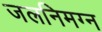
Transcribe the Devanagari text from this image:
जलनिमग्न